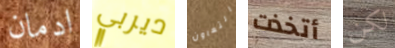
ادمان ديربي التعاون أتخذت لكن